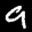
Label: 9